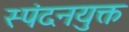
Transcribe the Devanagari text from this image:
स्पंदनयुक्त